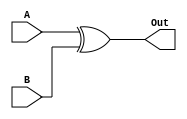
module Xor(A, B, Out); 
    input A, B; 
    output Out; 

    //assign Out = A ^ B; 
    xor(Out, A, B); 
endmodule